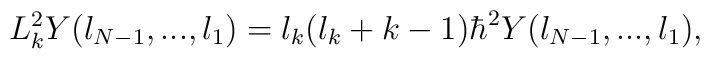
L_k^2Y(l_{N-1},...,l_1)=l_k(l_k+k-1)\hbar^2Y(l_{N-1},...,l_1),